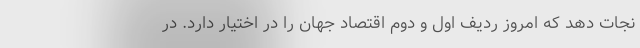
نجات دهد که امروز ردیف اول و دوم اقتصاد جهان را در اختیار دارد. در